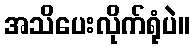
အသိပေးလိုက်ရုံပဲ။